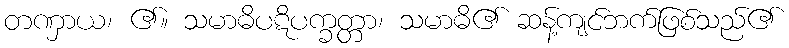
တဏှာယ၊ ၏။ သမာဓိပဋိပက္ခတ္တာ၊ သမာဓိ၏ ဆန့်ကျင်ဘက်ဖြစ်သည်၏